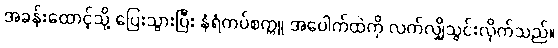
အခန်းထောင့်သို့ ပြေးသွားပြီး နံရံကပ်စက္ကူ အပေါက်ထဲကို လက်လျှိုသွင်းလိုက်သည်။